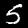
Digit: 5